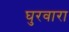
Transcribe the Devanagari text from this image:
घुरवारा